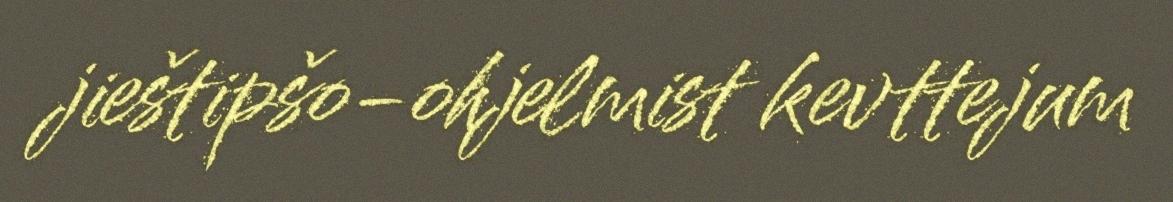
jieštipšo-ohjelmist kevttejum